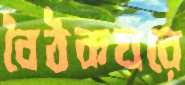
বৈঠকঘরে